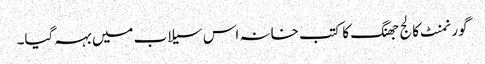
گورنمنٹ کالج جھنگ کا کتب خانہ اس سیلاب میں بہہ گیا۔